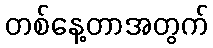
တစ်နေ့တာအတွက်